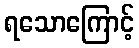
ရသောကြောင့်